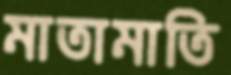
মাতামাতি